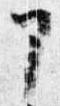
部